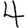
Digit: 4